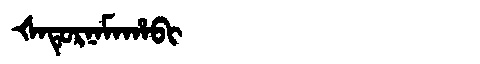
Manchu: ᡧᠠᡨᡠᡵᠨᠠᠮᠠᡥᠠᠪᡳ
Romanization: ŠATURNAMAHABI